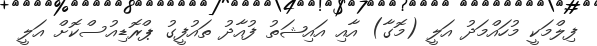
ފިލްމަކީ މުހައްމަދު އަލީ (މޮގާ) އާއި އައިޝަތު ފުއާދު ތައުފީގު ޕްރޮޑިއުސްކޮށް އަލީ